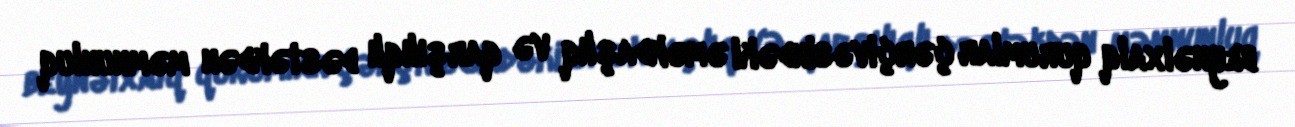
beynəlxalq qurumlar çərçivəsindəki əməkdaşlıq və qarşılıqlı dəstəkdən məmnunluq